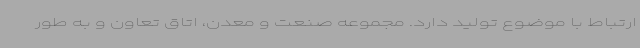
ارتباط با موضوع تولید دارد. مجموعه صنعت و معدن، اتاق تعاون و به طور